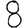
Digit: 8